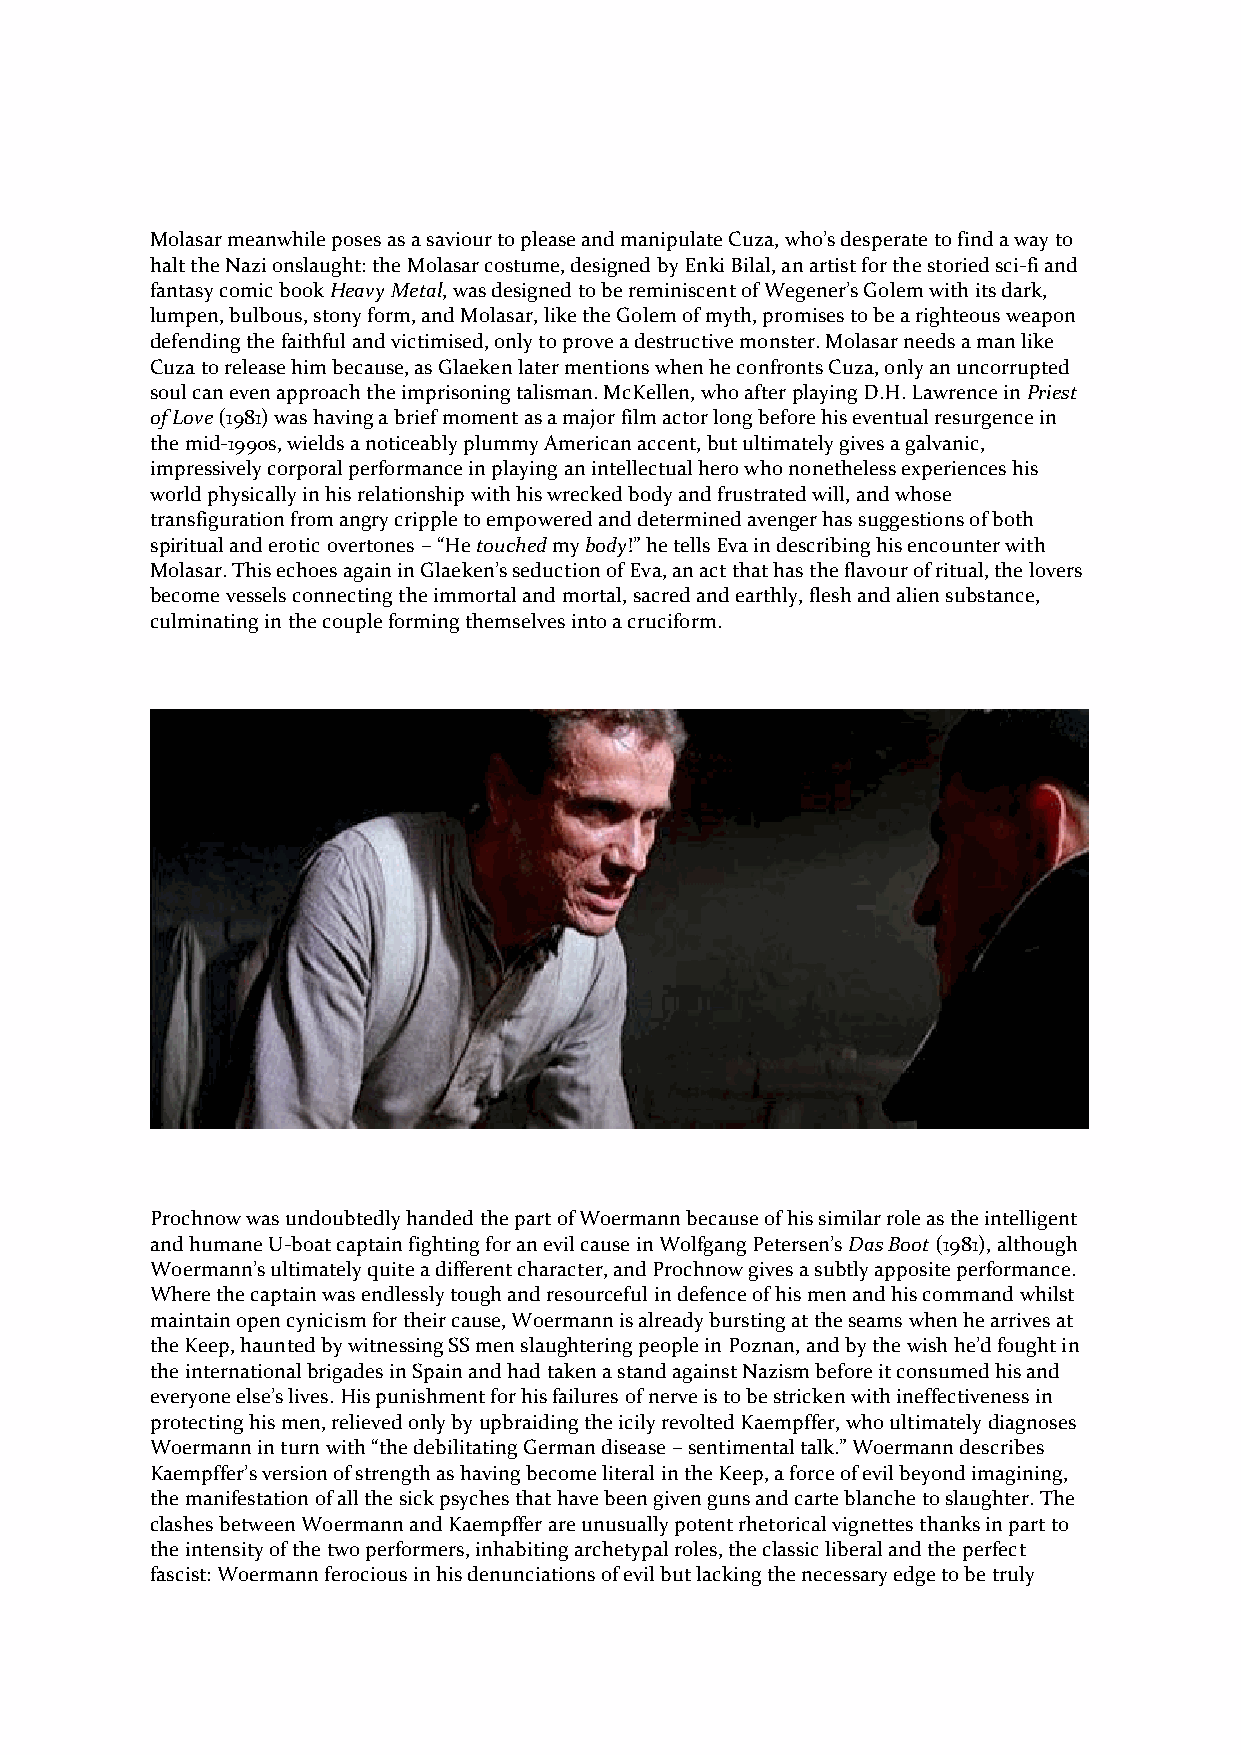
Molasar meanwhile poses as a saviour to please and manipulate Cuza, who’s desperate to find a way to
 halt the Nazi onslaught: the Molasar costume, designed by Enki Bilal, an artist for the storied sci-fi and
 fantasy comic book Heavy Metal, was designed to be reminiscent of Wegener’s Golem with its dark,
 lumpen, bulbous, stony form, and Molasar, like the Golem of myth, promises to be a righteous weapon
 defending the faithful and victimised, only to prove a destructive monster. Molasar needs a man like
 Cuza to release him because, as Glaeken later mentions when he confronts Cuza, only an uncorrupted
 soul can even approach the imprisoning talisman. McKellen, who after playing D.H. Lawrence in Priest
 of Love (1981) was having a brief moment as a major film actor long before his eventual resurgence in
 the mid-1990s, wields a noticeably plummy American accent, but ultimately gives a galvanic,
 impressively corporal performance in playing an intellectual hero who nonetheless experiences his
 world physically in his relationship with his wrecked body and frustrated will, and whose
 transfiguration from angry cripple to empowered and determined avenger has suggestions of both
 spiritual and erotic overtones – “He touched my body!” he tells Eva in describing his encounter with
 Molasar. This echoes again in Glaeken’s seduction of Eva, an act that has the flavour of ritual, the lovers
 become vessels connecting the immortal and mortal, sacred and earthly, flesh and alien substance,
 culminating in the couple forming themselves into a cruciform.
 Prochnow was undoubtedly handed the part of Woermann because of his similar role as the intelligent
 and humane U-boat captain fighting for an evil cause in Wolfgang Petersen’s Das Boot (1981), although
 Woermann’s ultimately quite a different character, and Prochnow gives a subtly apposite performance.
 Where the captain was endlessly tough and resourceful in defence of his men and his command whilst
 maintain open cynicism for their cause, Woermann is already bursting at the seams when he arrives at
 the Keep, haunted by witnessing SS men slaughtering people in Poznan, and by the wish he’d fought in
 the international brigades in Spain and had taken a stand against Nazism before it consumed his and
 everyone else’s lives. His punishment for his failures of nerve is to be stricken with ineffectiveness in
 protecting his men, relieved only by upbraiding the icily revolted Kaempffer, who ultimately diagnoses
 Woermann in turn with “the debilitating German disease – sentimental talk.” Woermann describes
 Kaempffer’s version of strength as having become literal in the Keep, a force of evil beyond imagining,
 the manifestation of all the sick psyches that have been given guns and carte blanche to slaughter. The
 clashes between Woermann and Kaempffer are unusually potent rhetorical vignettes thanks in part to
 the intensity of the two performers, inhabiting archetypal roles, the classic liberal and the perfect
 fascist: Woermann ferocious in his denunciations of evil but lacking the necessary edge to be truly